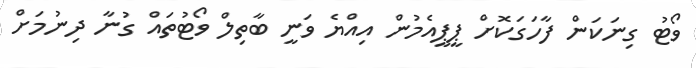
ވޯޓު ގިނަކަން ފާހަގަކޮށް ޕީޕީއެމުން އިއްޔެ ވަނީ ބާތިލް ވޯޓުތައް ގުނާ ދިނުމަށް